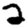
Digit: 2